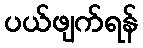
ပယ်ဖျက်ရန်